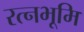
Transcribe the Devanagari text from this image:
रत्नभूमि